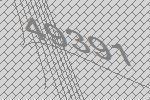
49391